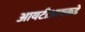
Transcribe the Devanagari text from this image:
आयटीआयकडे